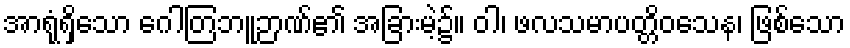
အာရုံရှိသော ဂေါတြဘူဉာဏ်၏ အခြားမဲ့၌။ ဝါ၊ ဖလသမာပတ္တိဝသေန၊ ဖြစ်သော